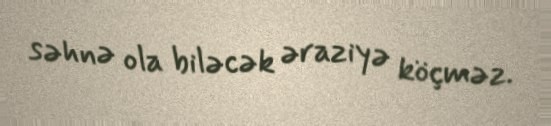
səhnə ola biləcək əraziyə köçməz.